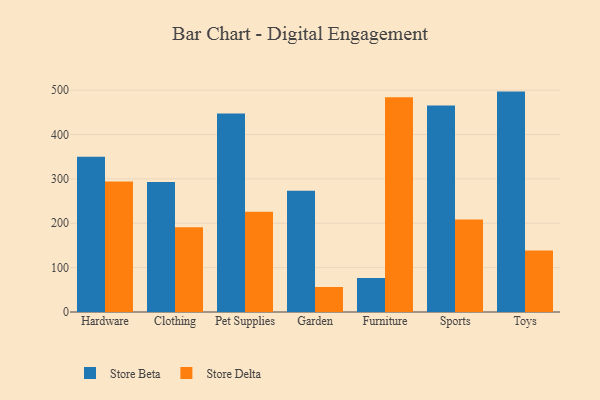
{"axis": {"x": "Category", "y": "Operating Costs (USD K)"}, "legend": ["Store Beta", "Store Delta"], "data": [{"x": "Hardware", "y": 349.8, "type": "Store Beta"}, {"x": "Hardware", "y": 293.9, "type": "Store Delta"}, {"x": "Clothing", "y": 292.8, "type": "Store Beta"}, {"x": "Clothing", "y": 190.9, "type": "Store Delta"}, {"x": "Pet Supplies", "y": 447.2, "type": "Store Beta"}, {"x": "Pet Supplies", "y": 225.7, "type": "Store Delta"}, {"x": "Garden", "y": 273.4, "type": "Store Beta"}, {"x": "Garden", "y": 56.3, "type": "Store Delta"}, {"x": "Furniture", "y": 76.6, "type": "Store Beta"}, {"x": "Furniture", "y": 483.8, "type": "Store Delta"}, {"x": "Sports", "y": 465.4, "type": "Store Beta"}, {"x": "Sports", "y": 208.6, "type": "Store Delta"}, {"x": "Toys", "y": 496.8, "type": "Store Beta"}, {"x": "Toys", "y": 138.5, "type": "Store Delta"}]}